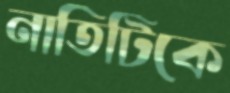
নাতিটিকে